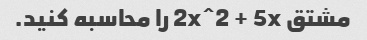
مشتق 2x^2 + 5x را محاسبه کنید.